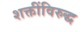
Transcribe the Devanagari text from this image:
शक्तींविरुद्ध